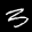
Label: 3